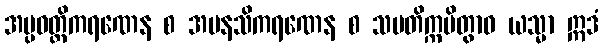
အပ္ပဝတ္တိကရဏေန စ အမနသိကရဏေန စ သမတိက္ကမိတွာဝ ယသ္မာ ဣဒံ